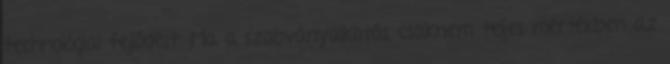
technológiai fejlődést. Ma a szabványalkotás csaknem teljes mértékben az